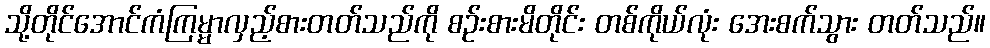
သို့တိုင်အောင်ကံကြမ္မာလှည့်စားတတ်သည်ကို စဉ်းစားမိတိုင်း တစ်ကိုယ်လုံး အေးစက်သွား တတ်သည်။